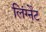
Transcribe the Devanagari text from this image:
लिंग्नेंट